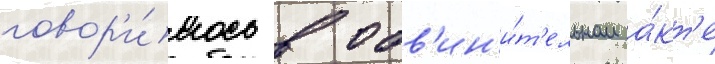
говор'и́лось в обв'ин'и́т'ельном а́кт'е